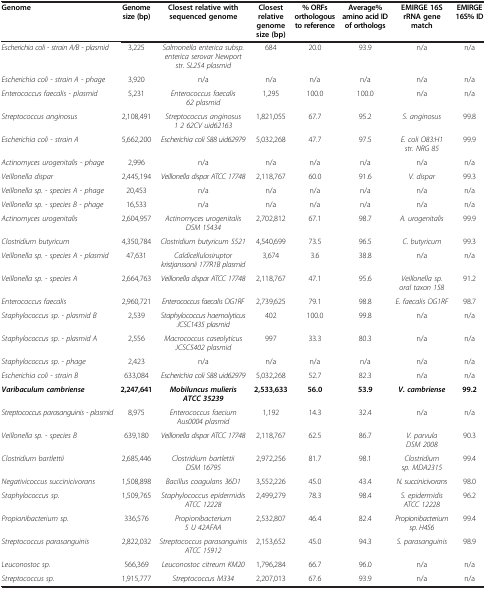
<table><thead><tr><td><b>Genome</b></td><td><b>Genome size (bp)</b></td><td><b>Closest relative with sequenced genome</b></td><td><b>Closest relative genome size (bp)</b></td><td><b>% ORFs orthologous to reference</b></td><td><b>Average% amino acid ID of orthologs</b></td><td><b>EMIRGE 16S rRNA gene match</b></td><td><b>EMIRGE 16S% ID</b></td></tr></thead><tbody><tr><td><i>Escherichia coli - strain A/B - plasmid</i></td><td>3,225</td><td><i>Salmonella enterica subsp. enterica serovar Newport str. SL254 plasmid</i></td><td>684</td><td>20.0</td><td>93.9</td><td>n/a</td><td>n/a</td></tr><tr><td><i>Escherichia coli - strain A - phage</i></td><td>3,920</td><td>n/a</td><td>n/a</td><td>n/a</td><td>n/a</td><td>n/a</td><td>n/a</td></tr><tr><td><i>Enterococcus faecalis - plasmid</i></td><td>5,231</td><td><i>Enterococcus faecalis 62 plasmid</i></td><td>1,295</td><td>100.0</td><td>100.0</td><td>n/a</td><td>n/a</td></tr><tr><td><i>Streptococcus anginosus</i></td><td>2,108,491</td><td><i>Streptococcus anginosus 1 2 62CV uid62163</i></td><td>1,821,055</td><td>67.7</td><td>95.2</td><td><i>S. anginosus</i></td><td>99.8</td></tr><tr><td><i>Escherichia coli - strain A</i></td><td>5,662,200</td><td><i>Escherichia coli S88 uid62979</i></td><td>5,032,268</td><td>47.7</td><td>97.5</td><td><i>E. coli O83:H1 str. NRG 85</i></td><td>99.9</td></tr><tr><td><i>Actinomyces urogenitalis - phage</i></td><td>2,996</td><td>n/a</td><td>n/a</td><td>n/a</td><td>n/a</td><td>n/a</td><td>n/a</td></tr><tr><td><i>Veillonella dispar</i></td><td>2,445,194</td><td><i>Veillonella dispar ATCC 17748</i></td><td>2,118,767</td><td>60.0</td><td>91.6</td><td><i>V. dispar</i></td><td>99.3</td></tr><tr><td><i>Veillonella sp. - species A - phage</i></td><td>20,453</td><td>n/a</td><td>n/a</td><td>n/a</td><td>n/a</td><td>n/a</td><td>n/a</td></tr><tr><td><i>Veillonella sp. - species B - phage</i></td><td>16,533</td><td>n/a</td><td>n/a</td><td>n/a</td><td>n/a</td><td>n/a</td><td>n/a</td></tr><tr><td><i>Actinomyces urogenitalis</i></td><td>2,604,957</td><td><i>Actinomyces urogenitalis DSM 15434</i></td><td>2,702,812</td><td>67.1</td><td>98.7</td><td><i>A. urogenitalis</i></td><td>99.9</td></tr><tr><td><i>Clostridium butyricum</i></td><td>4,350,784</td><td><i>Clostridium butyricum 5521</i></td><td>4,540,699</td><td>73.5</td><td>96.5</td><td><i>C. butyricum</i></td><td>99.3</td></tr><tr><td><i>Veillonella sp. - species A - plasmid</i></td><td>47,631</td><td><i>Caldicellulosiruptor kristjanssonii 177R1B plasmid</i></td><td>3,674</td><td>3.6</td><td>38.8</td><td>n/a</td><td>n/a</td></tr><tr><td><i>Veillonella sp. - species A</i></td><td>2,664,763</td><td><i>Veillonella dispar ATCC 17748</i></td><td>2,118,767</td><td>47.1</td><td>95.6</td><td><i>Veillonella sp. oral taxon 158</i></td><td>91.2</td></tr><tr><td><i>Enterococcus faecalis</i></td><td>2,960,721</td><td><i>Enterococcus faecalis OG1RF</i></td><td>2,739,625</td><td>79.1</td><td>98.8</td><td><i>E. faecalis OG1RF</i></td><td>98.7</td></tr><tr><td><i>Staphylococcus sp. - plasmid B</i></td><td>2,539</td><td><i>Staphylococcus haemolyticus JCSC1435 plasmid</i></td><td>402</td><td>100.0</td><td>99.8</td><td>n/a</td><td>n/a</td></tr><tr><td><i>Staphylococcus sp. - plasmid A</i></td><td>2,556</td><td><i>Macrococcus caseolyticus JCSC5402 plasmid</i></td><td>997</td><td>33.3</td><td>80.3</td><td>n/a</td><td>n/a</td></tr><tr><td><i>Staphylococcus sp. - phage</i></td><td>2,423</td><td>n/a</td><td>n/a</td><td>n/a</td><td>n/a</td><td>n/a</td><td>n/a</td></tr><tr><td><i>Escherichia coli - strain B</i></td><td>633,084</td><td><i>Escherichia coli S88 uid62979</i></td><td>5,032,268</td><td>52.7</td><td>82.3</td><td>n/a</td><td>n/a</td></tr><tr><td><b><i>Varibaculum cambriense</i></b></td><td><b>2,247,641</b></td><td><b><i>Mobiluncus mulieris ATCC 35239</i></b></td><td><b>2,533,633</b></td><td><b>56.0</b></td><td><b>53.9</b></td><td><b><i>V. cambriense</i></b></td><td><b>99.2</b></td></tr><tr><td><i>Streptococcus parasanguinis - plasmid</i></td><td>8,975</td><td><i>Enterococcus faecium Aus0004 plasmid</i></td><td>1,192</td><td>14.3</td><td>32.4</td><td>n/a</td><td>n/a</td></tr><tr><td><i>Veillonella sp. - species B</i></td><td>639,180</td><td><i>Veillonella dispar ATCC 17748</i></td><td>2,118,767</td><td>62.5</td><td>86.7</td><td><i>V. parvula DSM 2008</i></td><td>90.3</td></tr><tr><td><i>Clostridium bartlettii</i></td><td>2,685,446</td><td><i>Clostridium bartlettii DSM 16795</i></td><td>2,972,256</td><td>81.7</td><td>98.1</td><td><i>Clostridium sp. MDA2315</i></td><td>99.4</td></tr><tr><td><i>Negativicoccus succinicivorans</i></td><td>1,508,898</td><td><i>Bacillus coagulans 36D1</i></td><td>3,552,226</td><td>45.0</td><td>43.4</td><td><i>N. succinicivorans</i></td><td>98.0</td></tr><tr><td><i>Staphylococcus sp.</i></td><td>1,509,765</td><td><i>Staphylococcus epidermidis ATCC 12228</i></td><td>2,499,279</td><td>78.3</td><td>98.4</td><td><i>S. epidermidis ATCC 12228</i></td><td>96.2</td></tr><tr><td><i>Propionibacterium sp.</i></td><td>336,576</td><td><i>Propionibacterium 5 U 42AFAA</i></td><td>2,532,807</td><td>46.4</td><td>82.4</td><td><i>Propionibacterium sp. H456</i></td><td>99.4</td></tr><tr><td><i>Streptococcus parasanguinis</i></td><td>2,822,032</td><td><i>Streptococcus parasanguinis ATCC 15912</i></td><td>2,153,652</td><td>45.0</td><td>94.3</td><td><i>S. parasanguinis</i></td><td>98.9</td></tr><tr><td><i>Leuconostoc sp.</i></td><td>566,369</td><td><i>Leuconostoc citreum KM20</i></td><td>1,796,284</td><td>66.7</td><td>96.0</td><td>n/a</td><td>n/a</td></tr><tr><td><i>Streptococcus sp.</i></td><td>1,915,777</td><td><i>Streptococcus M334</i></td><td>2,207,013</td><td>67.6</td><td>93.9</td><td>n/a</td><td>n/a</td></tr></tbody></table>